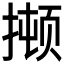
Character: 𫽫